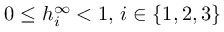
0 \leq h _ { i } ^ { \infty } < 1 , \, i \in \{ 1 , 2 , 3 \}